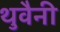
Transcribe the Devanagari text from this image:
थुवैनी